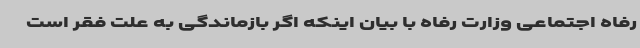
رفاه اجتماعی وزارت رفاه با بیان اینکه اگر بازماندگی به علت فقر است